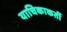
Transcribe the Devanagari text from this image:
याचिकाकर्ती